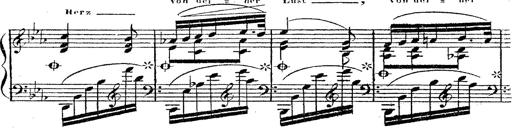
Title: 12 Lieder von Franz Schubert
Composer: Franz Liszt